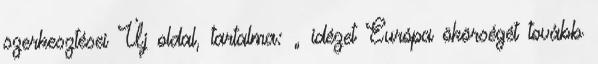
szerkesztései Új oldal, tartalma: „ idézet Európa ökörségét tovább